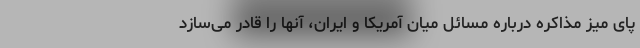
پای میز مذاکره درباره مسائل میان آمریکا و ایران، آنها را قادر می‌سازد